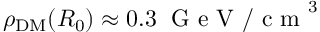
\rho _ { \mathrm { D M } } ( R _ { 0 } ) \approx 0 . 3 \; \mathrm { ~ G ~ e ~ V ~ / ~ c ~ m ~ } ^ { 3 }